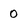
Character: 0